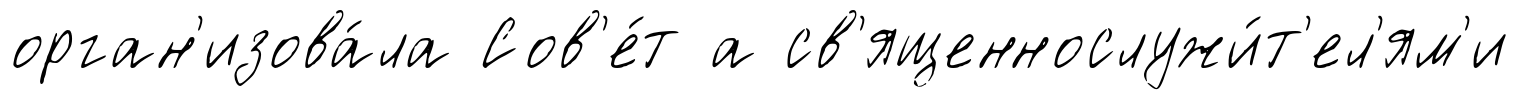
орган'изова́ла Сов'е́т а св'ященнослужи́т'ел'ям'и